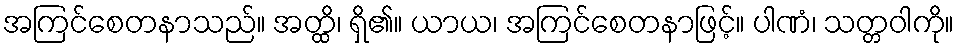
အကြင်စေတနာသည်။ အတ္ထိ၊ ရှိ၏။ ယာယ၊ အကြင်စေတနာဖြင့်။ ပါဏံ၊ သတ္တဝါကို။